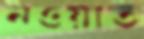
নওয়াত